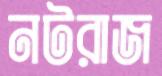
নটরাজ